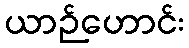
ယာဉ်ဟောင်း